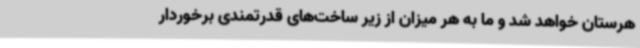
هرستان خواهد شد و ما به هر میزان از زیر ساخت‌های قدرتمندی برخوردار